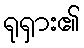
ရုရှား၏